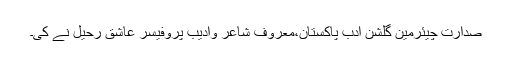
صدارت چیئرمین گلشنِ ادب پاکستان،معروف شاعر وادیب پروفیسر عاشق رحیل نے کی۔